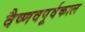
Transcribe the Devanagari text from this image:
वैष्णवपूर्वकाल